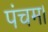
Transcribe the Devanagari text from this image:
पंचम।